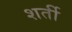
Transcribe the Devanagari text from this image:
शर्ती